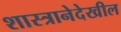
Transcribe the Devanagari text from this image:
शास्त्रानेदेखील